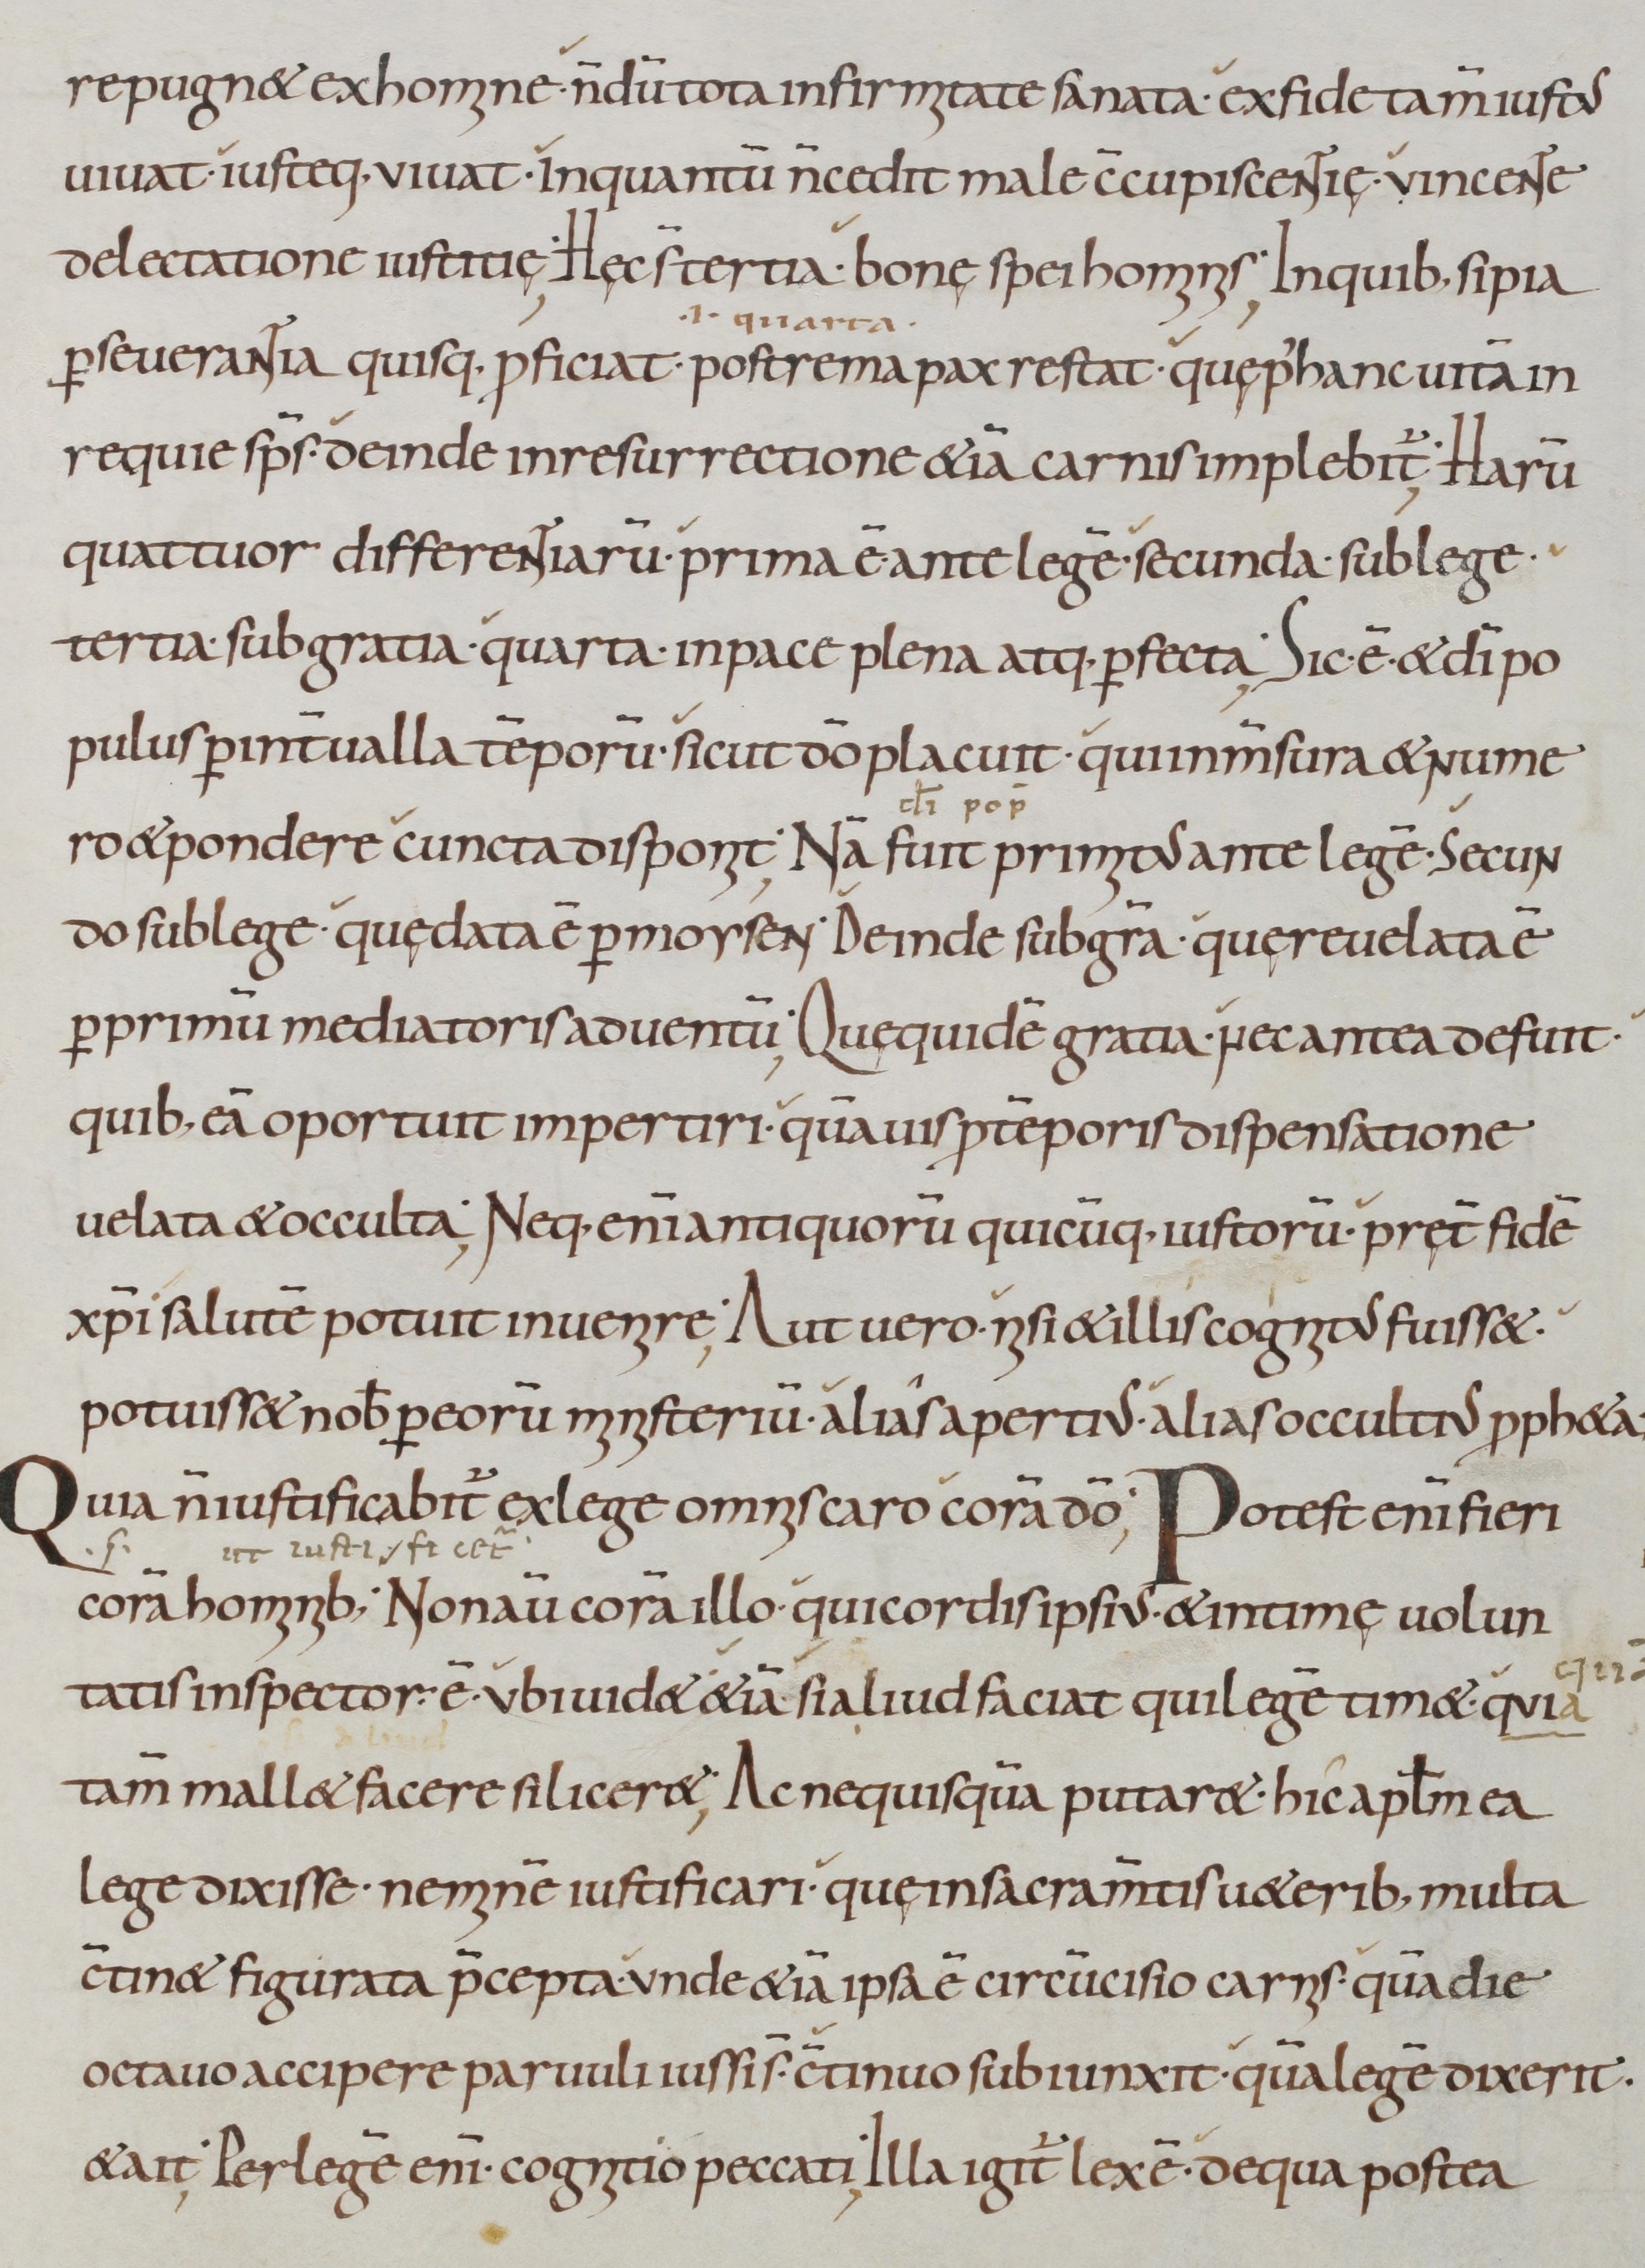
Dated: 800–899